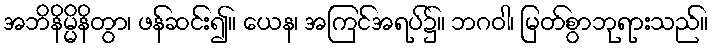
အဘိနိမ္မိနိတွာ၊ ဖန်ဆင်း၍။ ယေန၊ အကြင်အရပ်၌။ ဘဂဝါ၊ မြတ်စွာဘုရားသည်။